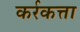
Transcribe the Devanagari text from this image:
कर्रकत्ता